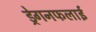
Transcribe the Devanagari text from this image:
ड्रेगनफलाई